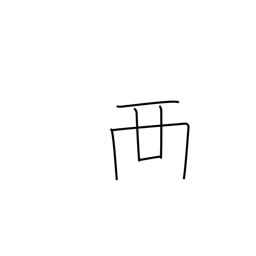
Meaning: place on top of